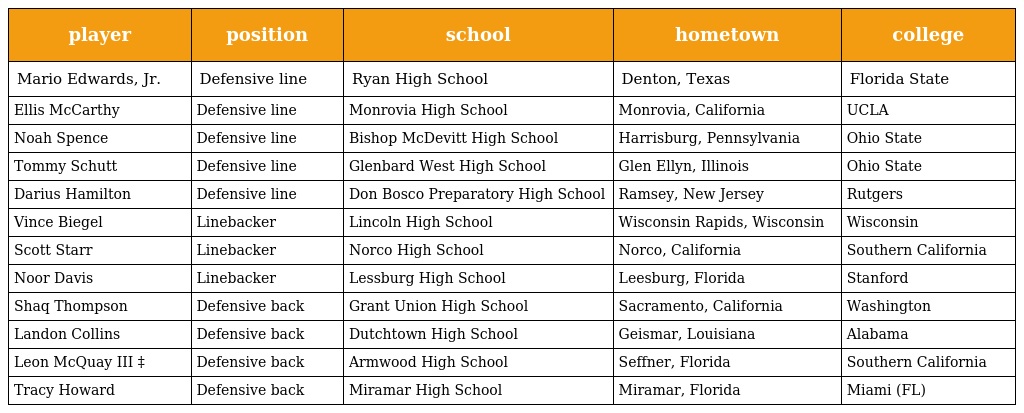
| player | position | school | hometown | college |
 | --- | --- | --- | --- | --- |
 | Mario Edwards, Jr. | Defensive line | Ryan High School | Denton, Texas | Florida State |
 | Ellis McCarthy | Defensive line | Monrovia High School | Monrovia, California | UCLA |
 | Noah Spence | Defensive line | Bishop McDevitt High School | Harrisburg, Pennsylvania | Ohio State |
 | Tommy Schutt | Defensive line | Glenbard West High School | Glen Ellyn, Illinois | Ohio State |
 | Darius Hamilton | Defensive line | Don Bosco Preparatory High School | Ramsey, New Jersey | Rutgers |
 | Vince Biegel | Linebacker | Lincoln High School | Wisconsin Rapids, Wisconsin | Wisconsin |
 | Scott Starr | Linebacker | Norco High School | Norco, California | Southern California |
 | Noor Davis | Linebacker | Lessburg High School | Leesburg, Florida | Stanford |
 | Shaq Thompson | Defensive back | Grant Union High School | Sacramento, California | Washington |
 | Landon Collins | Defensive back | Dutchtown High School | Geismar, Louisiana | Alabama |
 | Leon McQuay III ‡ | Defensive back | Armwood High School | Seffner, Florida | Southern California |
 | Tracy Howard | Defensive back | Miramar High School | Miramar, Florida | Miami (FL) |